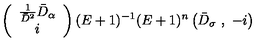
\left( \begin{array} { c } { \frac { 1 } { \bar { D } ^ { 2 } } \bar { D } _ { \alpha } } \\ { i } \\ \end{array} \right) ( E + 1 ) ^ { - 1 } ( E + 1 ) ^ { n } \left( \bar { D } _ { \sigma } \ , \ - i \right)